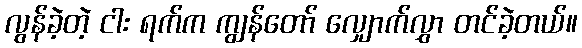
လွန်ခဲ့တဲ့ ငါး ရက်က ကျွန်တော် လျှောက်လွှာ တင်ခဲ့တယ်။